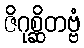
ဇိဂုစ္ဆိတဗ္ဗံ